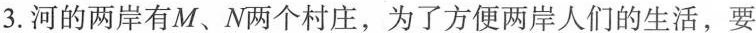
3.河的两岸有M、N两个村庄，为了方便两岸人们的生活，要